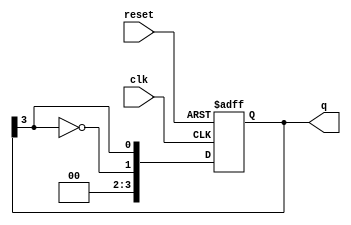
module modified_johnson_counter #(
    parameter N = 4  // Number of flip-flops
)(
    input wire clk,          // Clock input
    input wire reset,        // Asynchronous reset
    output reg [N-1:0] q     // Counter output
);

    // Sequential logic for Modified Johnson Counter
    always @(posedge clk or posedge reset) begin
        if (reset) begin
            // Asynchronous reset to known state (0)
            q <= 0;
        end else begin
            // Shift the current state and feed back the inverted last flip-flop output
            q <= {~q[N-1], q[N-1:N-1]}; // Shift and feedback
        end
    end

endmodule